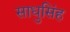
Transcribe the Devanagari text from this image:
साधुसिंह